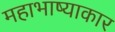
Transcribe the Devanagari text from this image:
महाभाष्याकार